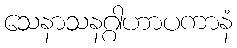
သေနာသနဂ္ဂါဟာပကာနံ